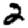
Digit: 2